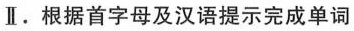
Ⅱ.根据首字母及汉语提示完成单词